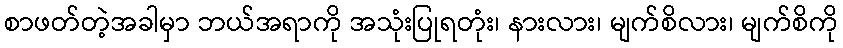
စာဖတ်တဲ့အခါမှာ ဘယ်အရာကို အသုံးပြုရတုံး၊ နားလား၊ မျက်စိလား၊ မျက်စိကို